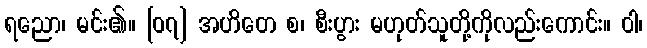
ရညော၊ မင်း၏။ [၀၇] အဟိတေ စ၊ စီးပွား မဟုတ်သူတို့ကိုလည်းကောင်း။ ဝါ၊